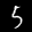
Label: 5